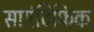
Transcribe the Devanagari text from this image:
साएंटिफिक